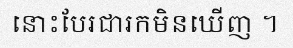
នោះបែរជារកមិនឃើញ ។